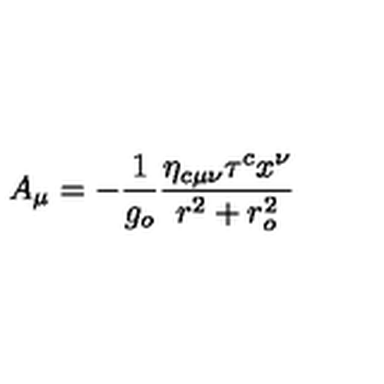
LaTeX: A _ { \mu } = - \frac { 1 } { g _ { o } } \frac { \eta _ { c \mu \nu } \tau ^ { c } x ^ { \nu } } { r ^ { 2 } + r _ { o } ^ { 2 } }